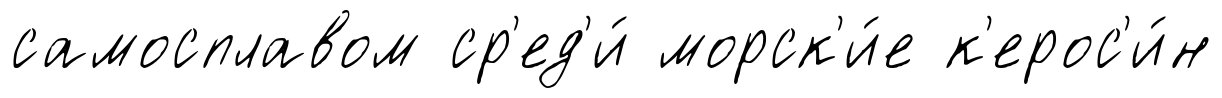
самосплавом ср'ед'и́ морск'и́е к'ерос'и́н